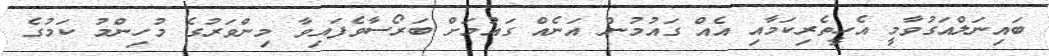
ބައިނަލްއަގުވާމީ އެހީތެރިކަމާއި އެއް ގައުމުން އަނެއް ގައުމަށް ބަރޯސާވެފައިވާ މިންވަރުގެ މުހިންމު ކަމުގެ